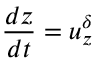
\frac { d z } { d t } = u _ { z } ^ { \delta }